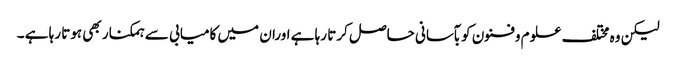
لیکن وہ مختلف علوم وفنون کو بآسانی حاصل کرتا رہا ہے اوران میں کامیابی سے ہمکنار بھی ہوتا رہا ہے ۔